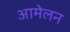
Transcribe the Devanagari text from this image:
आमेलन